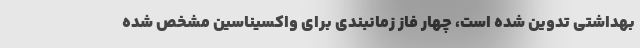
بهداشتی تدوین شده است، چهار فاز زمانبندی برای واکسیناسین مشخص شده